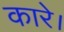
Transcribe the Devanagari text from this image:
कारे।